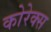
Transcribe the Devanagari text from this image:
कोरेक्स